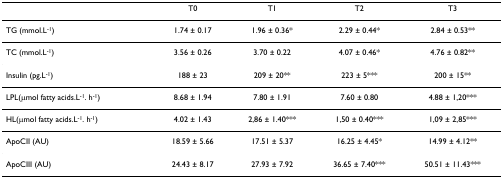
<table><thead><tr><td></td><td><b>T0</b></td><td><b>T1</b></td><td><b>T2</b></td><td><b>T3</b></td></tr></thead><tbody><tr><td>TG (mmol.L<sup>-1</sup>)</td><td>1.74 ± 0.17</td><td>1.96 ± 0.36*</td><td>2.29 ± 0.44*</td><td>2.84 ± 0.53**</td></tr><tr><td>TC (mmol.L<sup>-1</sup>)</td><td>3.56 ± 0.26</td><td>3.70 ± 0.22</td><td>4.07 ± 0.46*</td><td>4.76 ± 0.82**</td></tr><tr><td>Insulin (pg.L<sup>-1</sup>)</td><td>188 ± 23</td><td>209 ± 20**</td><td>223 ± 5***</td><td>200 ± 15**</td></tr><tr><td>LPL(μmol fatty acids.L<sup>-1</sup>. h<sup>-1</sup>)</td><td>8.68 ± 1.94</td><td>7.80 ± 1.91</td><td>7.60 ± 0.80</td><td>4.88 ± 1,20***</td></tr><tr><td>HL(μmol fatty acids.L<sup>-1</sup>. h<sup>-1</sup>)</td><td>4.02 ± 1.43</td><td>2,86 ± 1.40***</td><td>1,50 ± 0.40***</td><td>1,09 ± 2,85***</td></tr><tr><td>ApoCII (AU)</td><td>18.59 ± 5.66</td><td>17.51 ± 5.37</td><td>16.25 ± 4.45*</td><td>14.99 ± 4.12**</td></tr><tr><td>ApoCIII (AU)</td><td>24.43 ± 8.17</td><td>27.93 ± 7.92</td><td>36.65 ± 7.40***</td><td>50.51 ± 11.43***</td></tr></tbody></table>